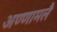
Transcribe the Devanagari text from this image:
अण्णामलै